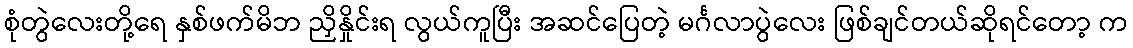
စုံတွဲလေးတို့ရေ နှစ်ဖက်မိဘ ညှိနှိုင်းရ လွယ်ကူပြီး အဆင်ပြေတဲ့ မင်္ဂလာပွဲလေး ဖြစ်ချင်တယ်ဆိုရင်တော့ က